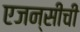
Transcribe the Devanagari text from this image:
एजन्सीची